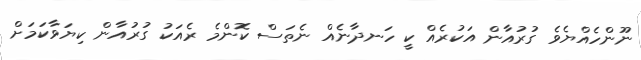
ނޫންހެއްޔެވެ ގުރުއާން އަކުރެއް ކީ ހަނދާނެއް ނެތަސް ކޮންމެ ރެއަކު ގުރުއާން ކިޔަވާކަމަށް